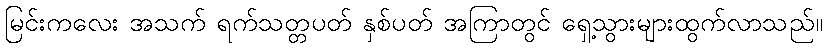
မြင်းကလေး အသက် ရက်သတ္တပတ် နှစ်ပတ် အကြာတွင် ရှေ့သွားများထွက်လာသည်။